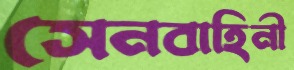
সেনবাহিনী